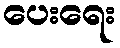
ပေးရေး